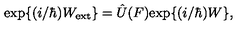
\mathrm { e x p } \{ ( i / \hbar ) W _ { \mathrm { e x t } } \} = \hat { U } ( F ) \mathrm { e x p } \{ ( i / \hbar ) W \} ,